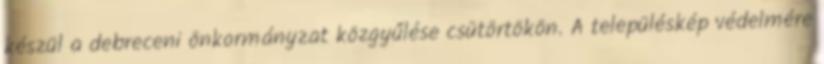
készül a debreceni önkormányzat közgyűlése csütörtökön. A településkép védelmére